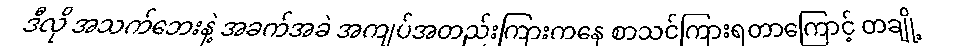
ဒီလို အသက်ဘေးနဲ့ အခက်အခဲ အကျပ်အတည်းကြားကနေ စာသင်ကြားရတာကြောင့် တချို့